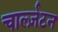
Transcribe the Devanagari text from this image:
चार्ल्ज़टन